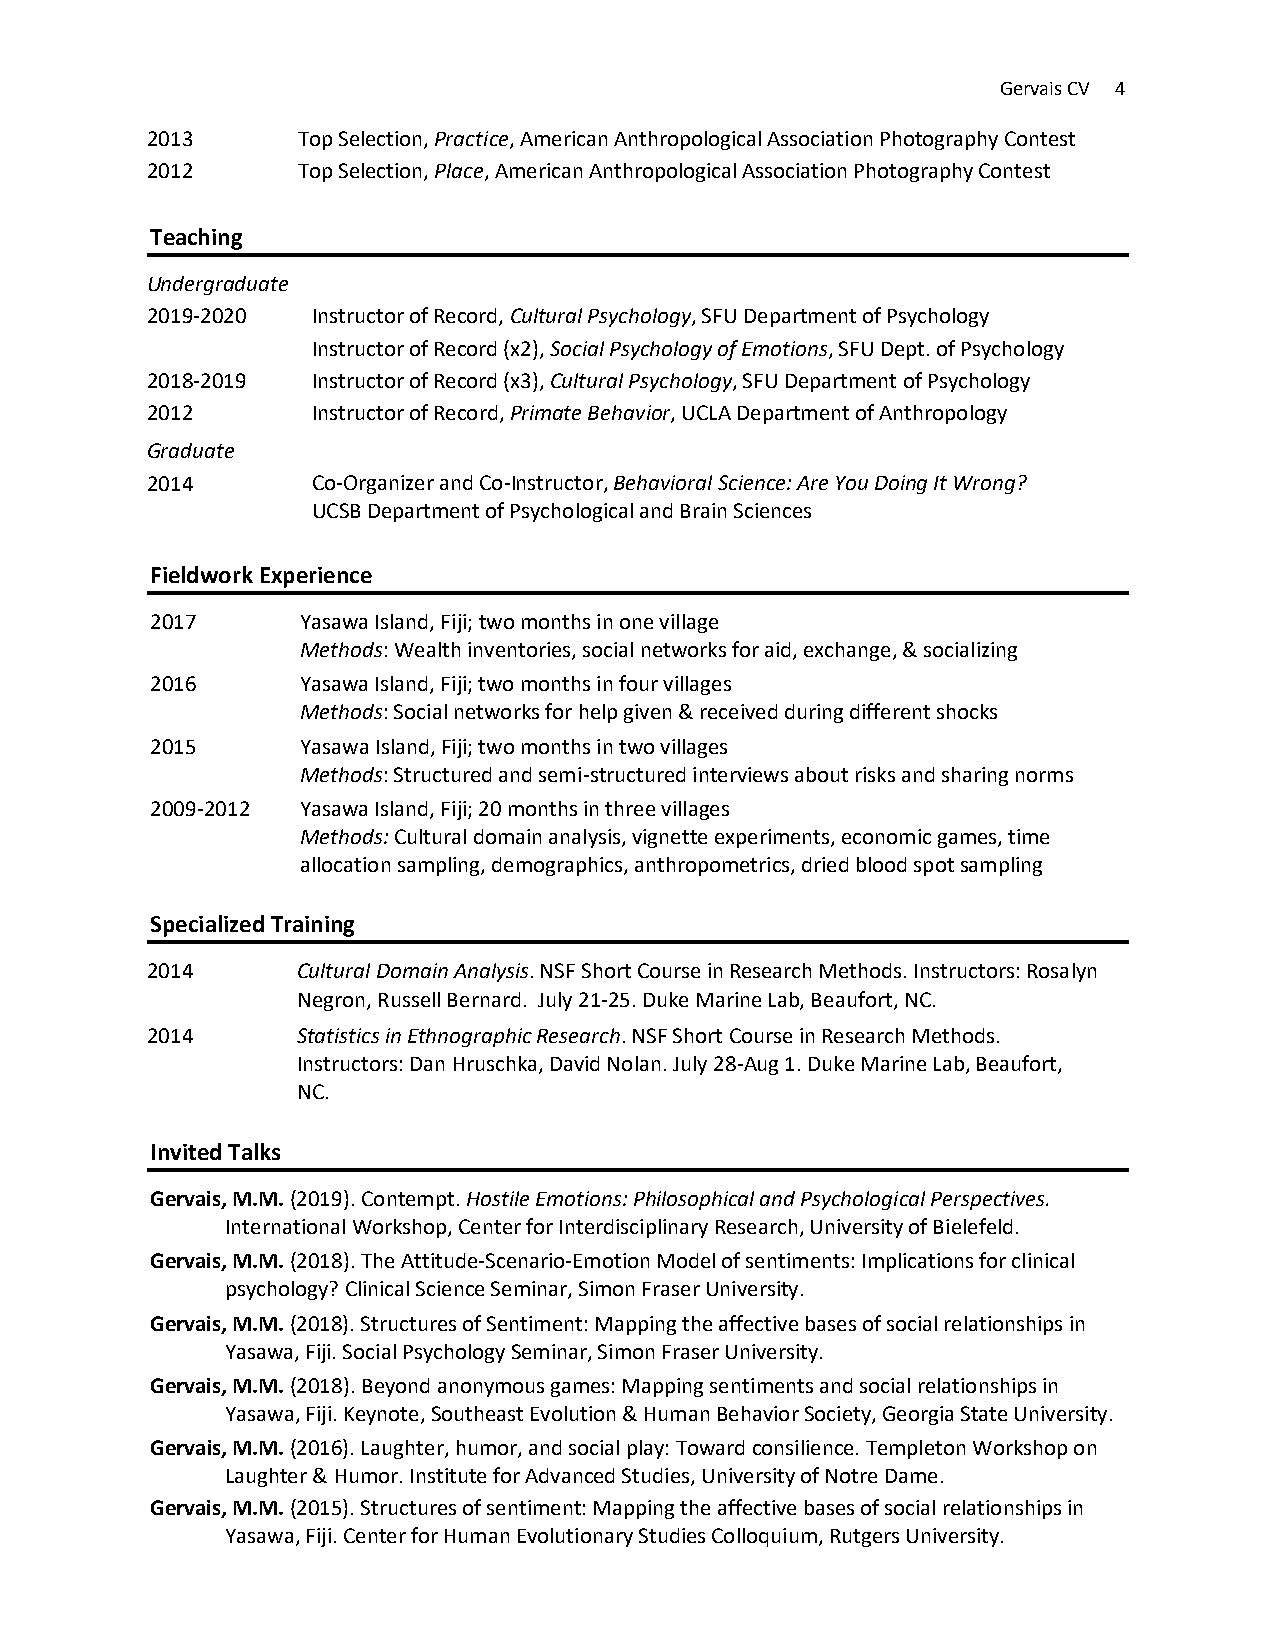
Gervais CV 4
 2013      Top Selection, Practice, American Anthropological Association Photography Contest
 2012      Top Selection, Place, American Anthropological Association Photography Contest
 Teaching
 Undergraduate
 2019-2020  Instructor of Record, Cultural Psychology, SFU Department of Psychology
 Instructor of Record (x2), Social Psychology of Emotions, SFU Dept. of Psychology
 2018-2019  Instructor of Record (x3), Cultural Psychology, SFU Department of Psychology
 2012       Instructor of Record, Primate Behavior, UCLA Department of Anthropology
 Graduate
 2014       Co-Organizer and Co-Instructor, Behavioral Science: Are You Doing It Wrong?
 UCSB Department of Psychological and Brain Sciences
 Fieldwork Experience
 2017      Yasawa Island, Fiji; two months in one village
 Methods: Wealth inventories, social networks for aid, exchange, & socializing
 2016      Yasawa Island, Fiji; two months in four villages
 Methods: Social networks for help given & received during different shocks
 2015      Yasawa Island, Fiji; two months in two villages
 Methods: Structured and semi-structured interviews about risks and sharing norms
 2009-2012 Yasawa Island, Fiji; 20 months in three villages
 Methods: Cultural domain analysis, vignette experiments, economic games, time
 allocation sampling, demographics, anthropometrics, dried blood spot sampling
 Specialized Training
 2014      Cultural Domain Analysis. NSF Short Course in Research Methods. Instructors: Rosalyn
 Negron, Russell Bernard. July 21-25. Duke Marine Lab, Beaufort, NC.
 2014      Statistics in Ethnographic Research. NSF Short Course in Research Methods.
 Instructors: Dan Hruschka, David Nolan. July 28-Aug 1. Duke Marine Lab, Beaufort,
 NC.
 Invited Talks
 Gervais, M.M. (2019). Contempt. Hostile Emotions: Philosophical and Psychological Perspectives.
 International Workshop, Center for Interdisciplinary Research, University of Bielefeld.
 Gervais, M.M. (2018). The Attitude-Scenario-Emotion Model of sentiments: Implications for clinical
 psychology? Clinical Science Seminar, Simon Fraser University.
 Gervais, M.M. (2018). Structures of Sentiment: Mapping the affective bases of social relationships in
 Yasawa, Fiji. Social Psychology Seminar, Simon Fraser University.
 Gervais, M.M. (2018). Beyond anonymous games: Mapping sentiments and social relationships in
 Yasawa, Fiji. Keynote, Southeast Evolution & Human Behavior Society, Georgia State University.
 Gervais, M.M. (2016). Laughter, humor, and social play: Toward consilience. Templeton Workshop on
 Laughter & Humor. Institute for Advanced Studies, University of Notre Dame.
 Gervais, M.M. (2015). Structures of sentiment: Mapping the affective bases of social relationships in
 Yasawa, Fiji. Center for Human Evolutionary Studies Colloquium, Rutgers University.